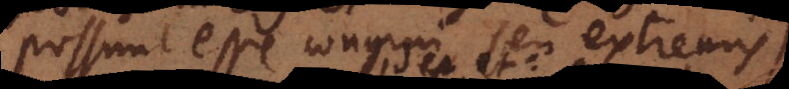
possunt esse congrui seu extremis